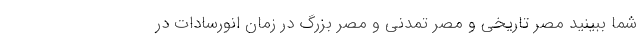
شما ببینید مصر تاریخی و مصر تمدنی و مصر بزرگ در زمان انورسادات در